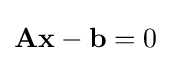
\mathbf {A} \mathbf {x} -\mathbf {b} =0